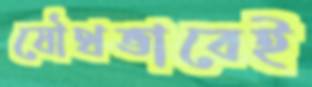
যৌথভাবেই